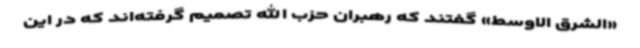
«الشرق الاوسط» گفتند که رهبران حزب الله تصمیم گرفته‌اند که در این